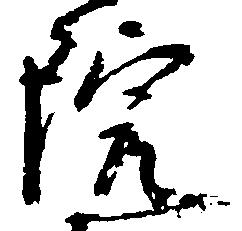
院